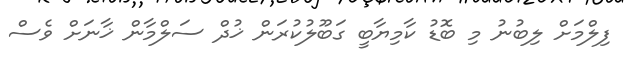
ފިލްމަށް ލިބުނު މި ބޮޑު ކާމިޔާބީ ގަބޫލުކުރަން ޚުދް ސަލްމާން ޚާނަށް ވެސް